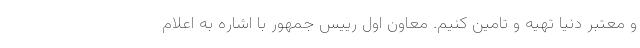
و معتبر دنیا تهیه و تامین کنیم. معاون اول رییس جمهور با اشاره به اعلام